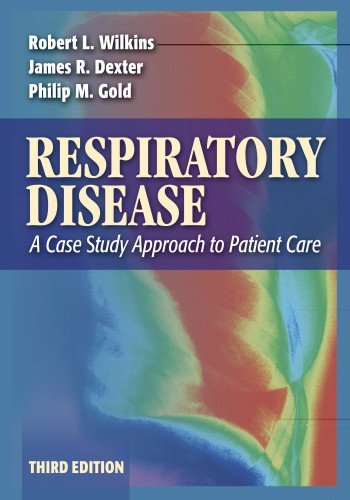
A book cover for By James Dexter - Respiratory Disease: A Case Study Approach to Patient Care: 3rd (third) Edition; Robert Wilkins, Philip Gold, James R. Dexter, Philip M. Gold James Dexter; Health, Fitness & Dieting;